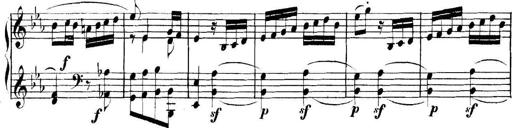
Title: Collected Piano Sonatas
Composer: Muzio Clementi